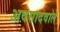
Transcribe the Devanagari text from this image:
अवसादवाले